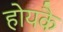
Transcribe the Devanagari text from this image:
होयकै